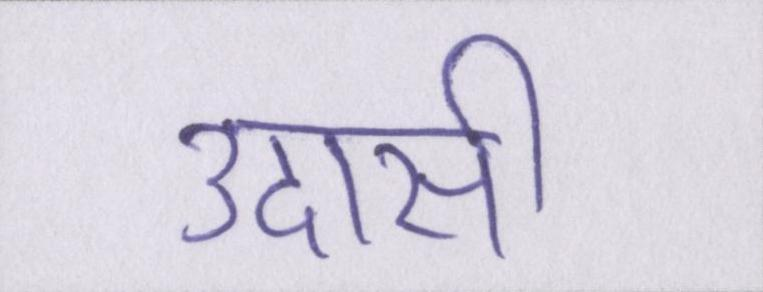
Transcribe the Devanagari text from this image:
उदासी